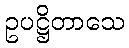
ဥပဋ္ဌိတာသေ